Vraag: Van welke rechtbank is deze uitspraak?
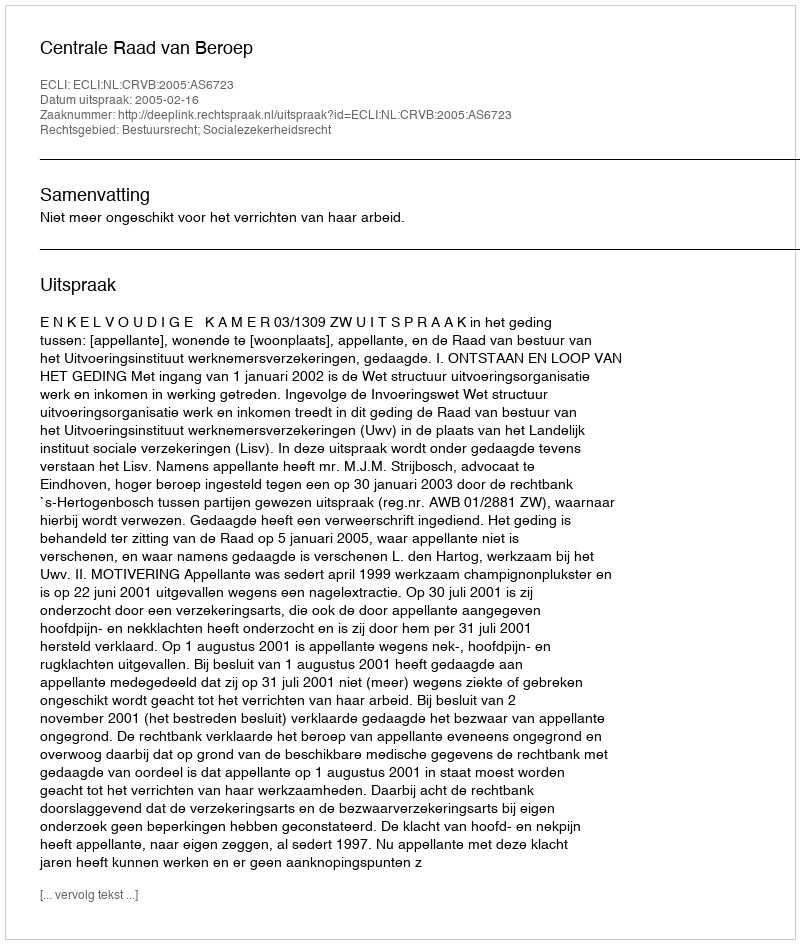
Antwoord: Centrale Raad van Beroep